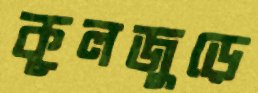
কূলজুড়ে